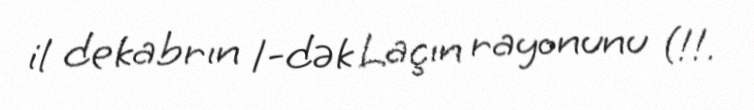
il dekabrın 1-dək Laçın rayonunu (!!.